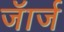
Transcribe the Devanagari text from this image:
जॅार्ज